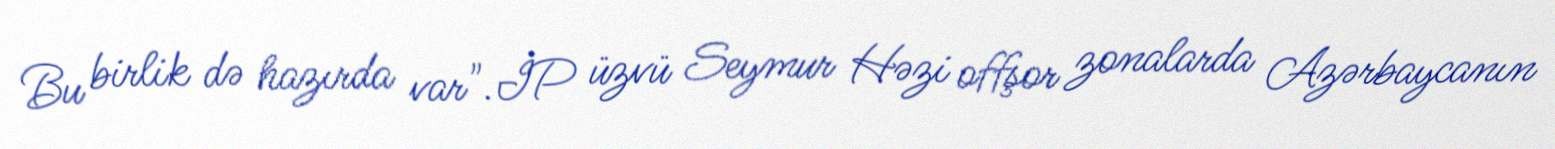
Bu birlik də hazırda var".İP üzvü Seymur Həzi offşor zonalarda Azərbaycanın